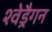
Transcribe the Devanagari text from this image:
श्वेड्रैगन